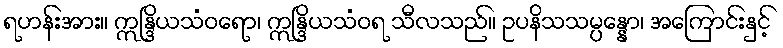
ရဟန်းအား။ ဣန္ဒြိယသံဝရော၊ ဣန္ဒြိယသံဝရ သီလသည်။ ဥပနိသသမ္ပန္နော၊ အကြောင်းနှင့်